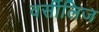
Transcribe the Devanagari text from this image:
वर्सीलिज